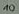
Text: 10